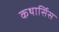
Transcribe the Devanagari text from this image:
कथार्सिस